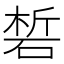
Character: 𥓊